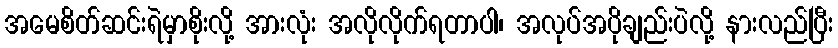
အမေစိတ်ဆင်းရဲမှာစိုးလို့ အားလုံး အလိုလိုက်ရတာပါ၊ အလုပ်အပိုချည်းပဲလို့ နားလည်ပြီး